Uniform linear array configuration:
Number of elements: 8
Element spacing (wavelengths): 0.25
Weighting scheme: binomial
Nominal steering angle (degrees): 30
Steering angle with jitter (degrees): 29.458
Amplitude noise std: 0.05
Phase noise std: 0.05

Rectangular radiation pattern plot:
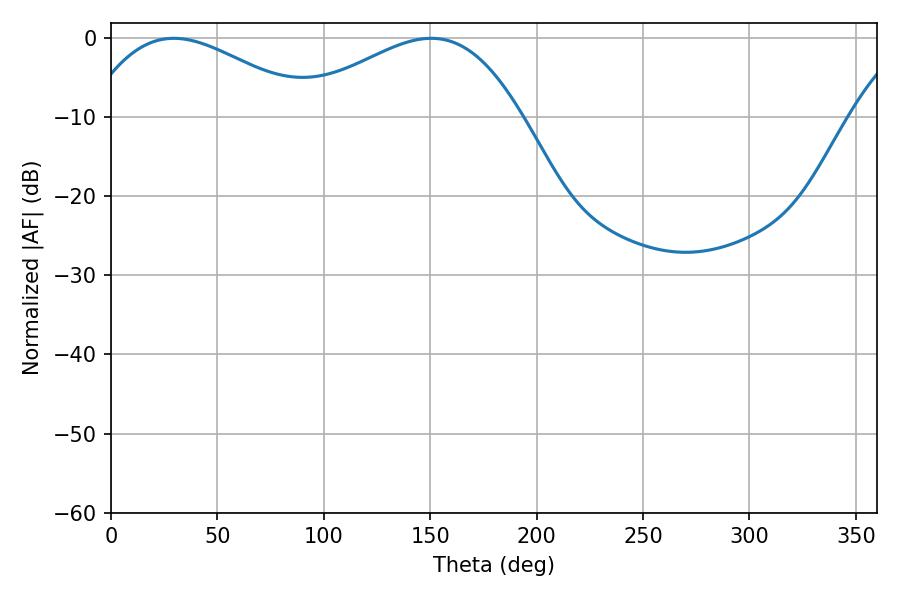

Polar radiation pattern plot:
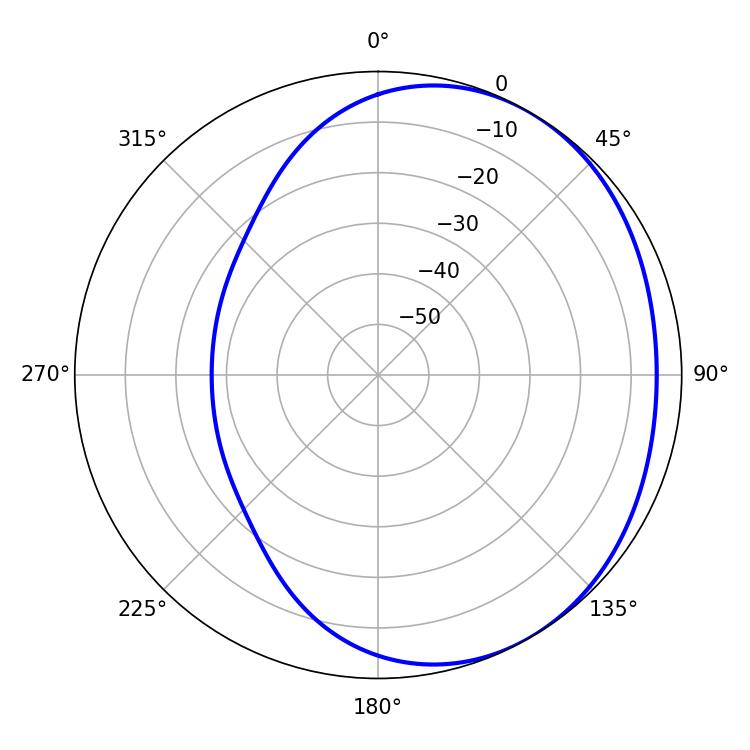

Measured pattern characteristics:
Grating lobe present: FALSE
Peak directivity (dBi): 2.329
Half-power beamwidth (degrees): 57.6
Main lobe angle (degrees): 29.52